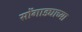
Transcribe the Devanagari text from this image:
सोंगाड्याच्या